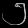
Digit: ၅